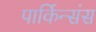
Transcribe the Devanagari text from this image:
पार्किन्संस